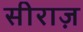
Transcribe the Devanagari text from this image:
सीराज़